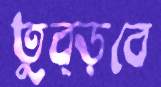
তুব্‌ড়বে